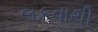
લકવાથી